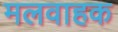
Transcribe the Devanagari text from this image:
मलवाहक